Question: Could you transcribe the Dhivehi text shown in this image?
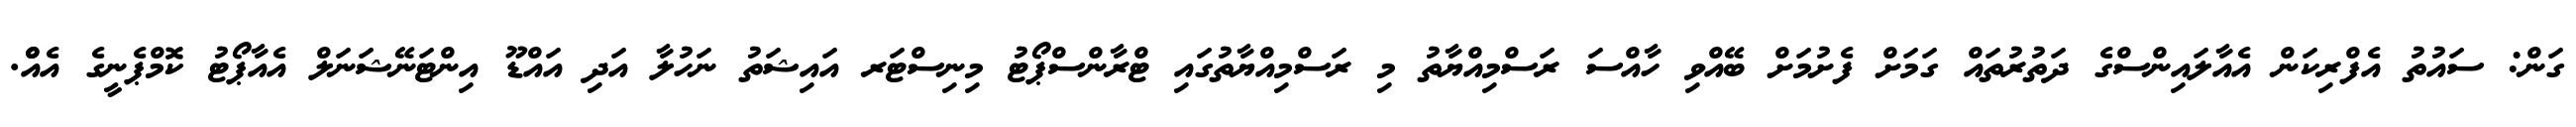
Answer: ގަން: ސައުތު އެފްރިކަން އެއާލައިންސްގެ ދަތުރުތައް ގަމަށް ފެށުމަށް ބޭއްވި ހާއްސަ ރަސްމިއްޔާތު މި ރަސްމިއްޔާތުގައި ޓްރާންސްޕޯޓު މިނިސްޓަރ އައިޝަތު ނަހުލާ އަދި އައްޑޫ އިންޓަނޭޝަނަލް އެއާޕޯޓު ކޮމްޕެނީގެ އެއްް.